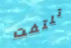
تلتفت